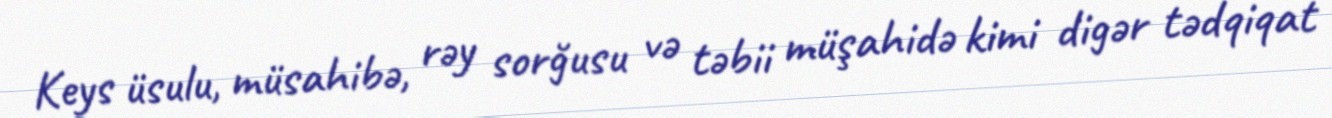
Keys üsulu, müsahibə, rəy sorğusu və təbii müşahidə kimi digər tədqiqat